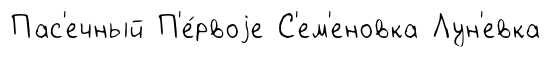
Пас'ечный П'е́рвоjе С'ем'еновка Лун'евка